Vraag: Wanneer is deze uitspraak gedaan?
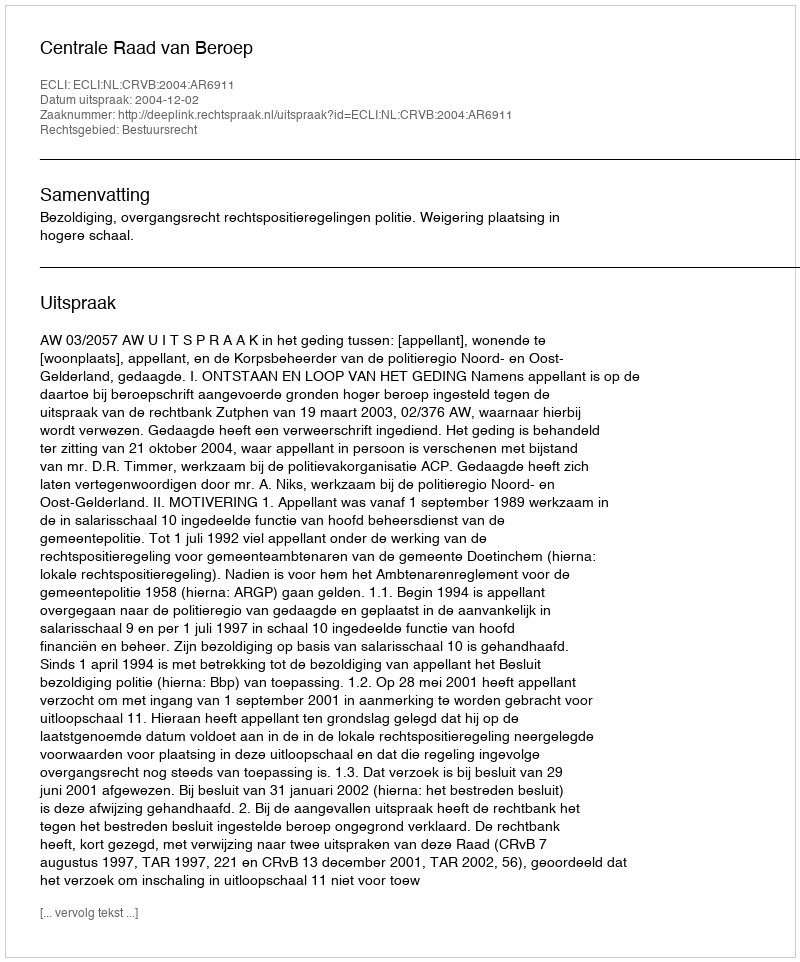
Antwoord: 2004-12-02